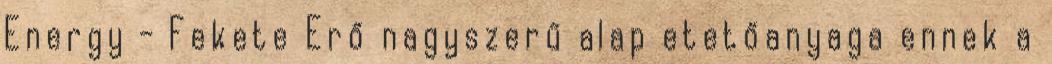
Energy - Fekete Erő nagyszerű alap etetőanyaga ennek a